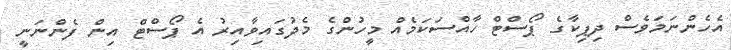
އެހެންނަމަވެސް ދިޕިކާގެ ޕޯސްޓް ހާއްސަކަމެއް މީހުންގެ މެދުގައިވާއިރު އެ ޕޯސްޓް އިން ފެންނަނީ